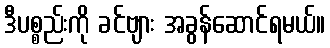
ဒီပစ္စည်းကို ခင်ဗျား အခွန်ဆောင်ရမယ်။